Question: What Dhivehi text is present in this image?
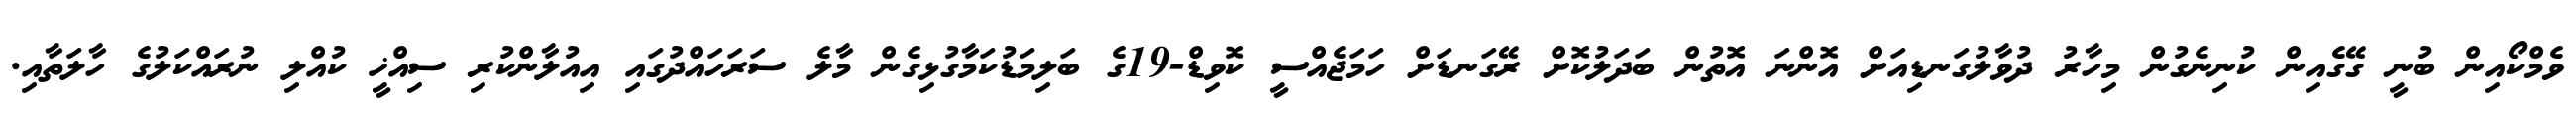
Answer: ވެމްކޯއިން ބުނީ ގޭގެއިން ކުނިނެގުން މިހާރު ދުވާލުގަނޑިއަށް އޮންނަ އޮތުން ބަދަލުކޮށް ރޭގަނޑަށް ހަމަޖެއްސީ ކޮވިޑް-19ގެ ބަލިމަޑުކަމާގުޅިގެން މާލެ ސަރަހައްދުގައި އިއުލާންކުރި ސިއްޚީ ކުއްލި ނުރައްކަލުގެ ހާލަތާއި.